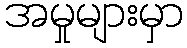
အမှုများမှာ